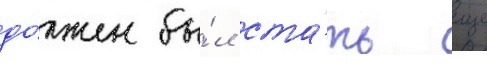
до́лжен бы́л ста́ть еще